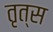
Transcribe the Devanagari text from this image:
तृत्स